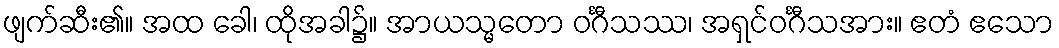
ဖျက်ဆီး၏။ အထ ခေါ၊ ထိုအခါ၌။ အာယသ္မတော ဝင်္ဂီသဿ၊ အရှင်ဝင်္ဂီသအား။ ဧတံ ဧသော